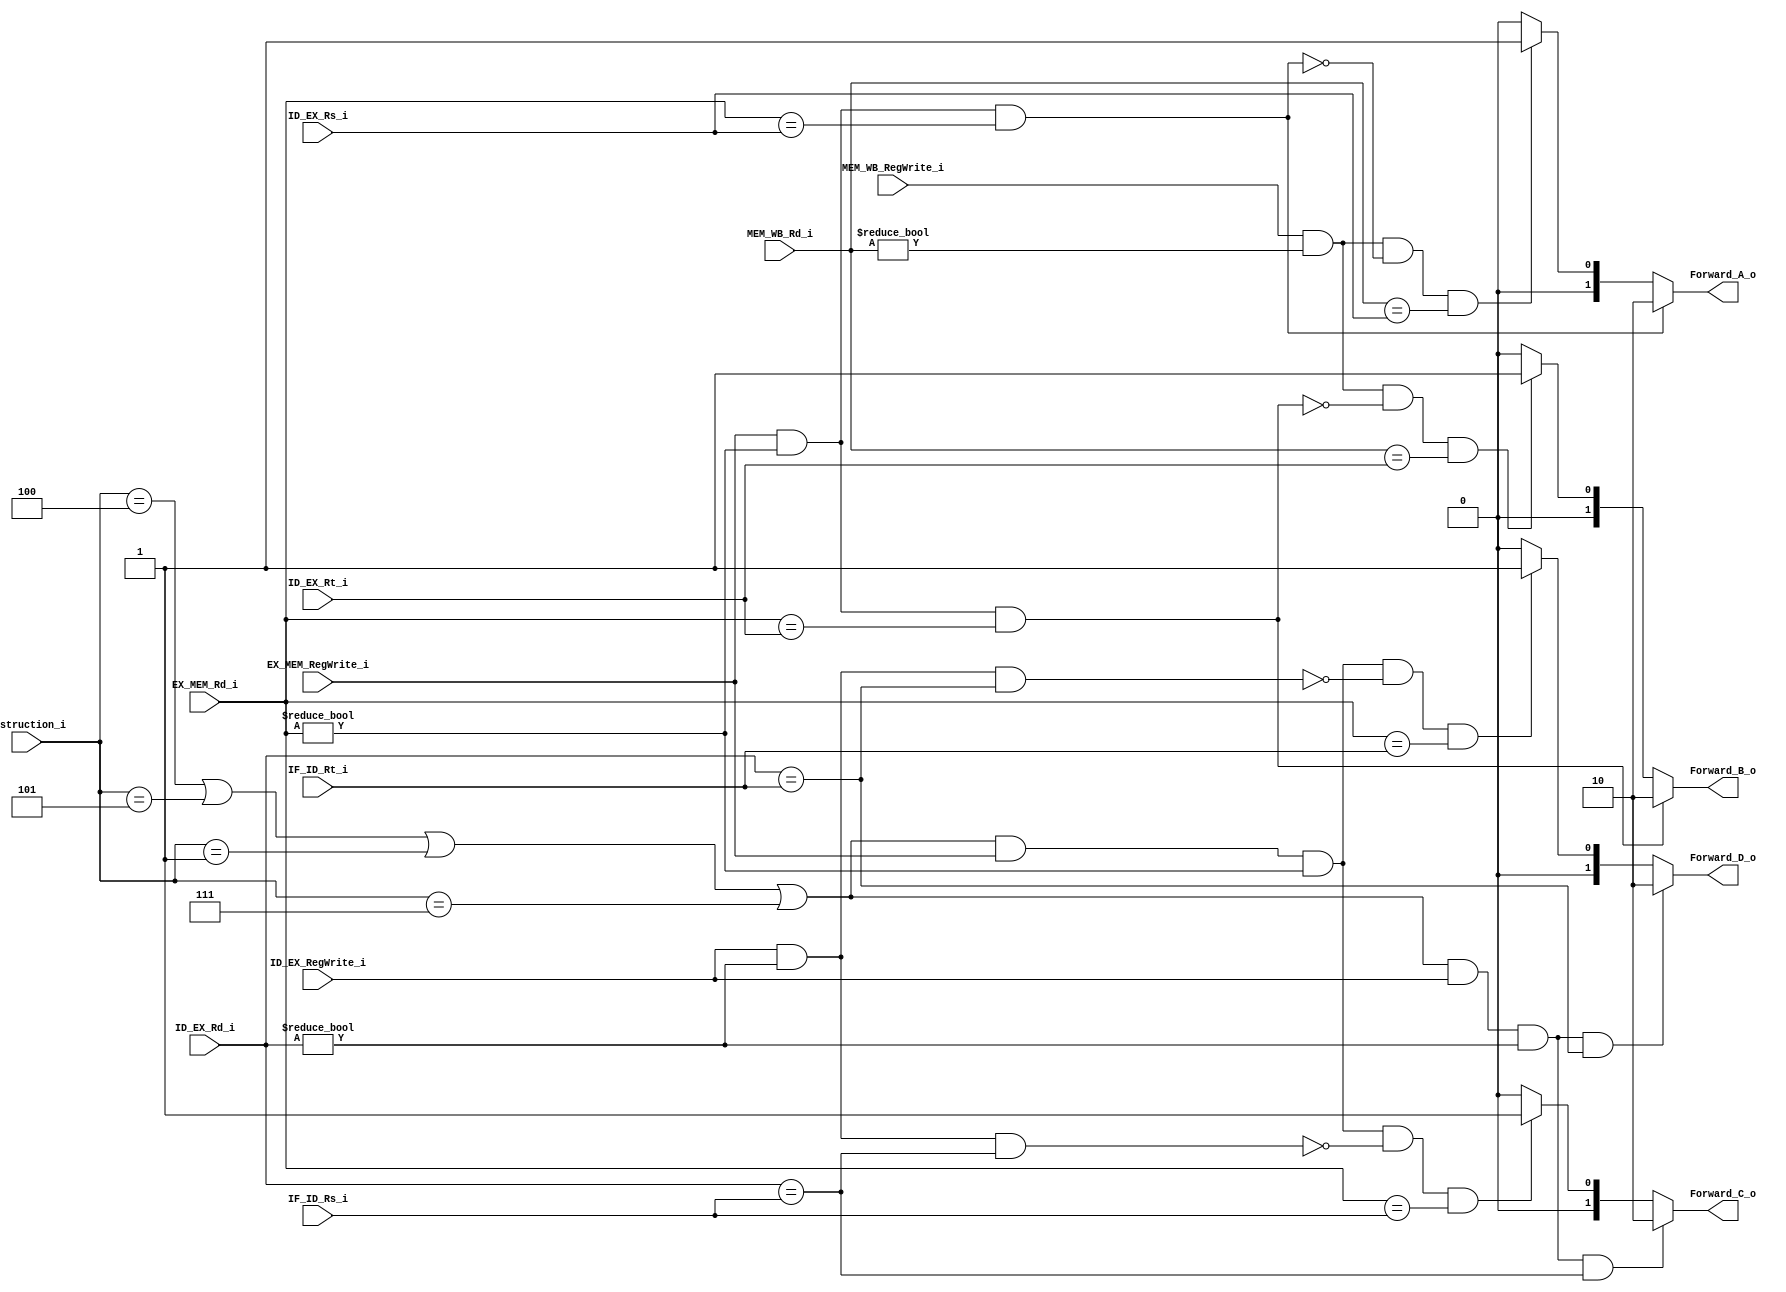
//0713216

//Subject:     CO project 2 - Forwarding_unit
//--------------------------------------------------------------------------------
//Version:     1
//--------------------------------------------------------------------------------
//Writer:      Luke
//----------------------------------------------
//----------------------------------------------
//Description: 
//--------------------------------------------------------------------------------
     
module Forwarding_unit(
    instruction_i,
    IF_ID_Rs_i,
    IF_ID_Rt_i,
    ID_EX_RegWrite_i,
    ID_EX_Rs_i,
    ID_EX_Rt_i,
    ID_EX_Rd_i,
    EX_MEM_RegWrite_i,
    EX_MEM_Rd_i,    
	MEM_WB_RegWrite_i,
    MEM_WB_Rd_i,
	Forward_A_o,
    Forward_B_o,
    Forward_C_o,
    Forward_D_o
	);
     
//I/O ports
input  [6-1:0]  instruction_i;
input  [5-1:0]  IF_ID_Rs_i;
input  [5-1:0]  IF_ID_Rt_i;
input  [1-1:0]  ID_EX_RegWrite_i;
input  [5-1:0]  ID_EX_Rs_i;
input  [5-1:0]  ID_EX_Rt_i;
input  [5-1:0]  ID_EX_Rd_i;
input  [1-1:0]  EX_MEM_RegWrite_i;
input  [5-1:0]  EX_MEM_Rd_i;
input  [1-1:0]  MEM_WB_RegWrite_i;
input  [5-1:0]  MEM_WB_Rd_i;

output [2-1:0]  Forward_A_o;
output [2-1:0]  Forward_B_o;
output [2-1:0]  Forward_C_o;
output [2-1:0]  Forward_D_o;


//Internal Signals
wire [2-1:0]  Forward_A_o;
wire [2-1:0]  Forward_B_o;
wire [2-1:0]  Forward_C_o;
wire [2-1:0]  Forward_D_o;

//Parameter
//beq <= 000 100
//bne <= 000 101
//bge <= 000 001
//bgt <= 000 111
    
//Main function
//EX hazard
//MEM hazard
assign Forward_A_o = ((EX_MEM_RegWrite_i == 1'b1) && (EX_MEM_Rd_i != 5'd0) && (EX_MEM_Rd_i == ID_EX_Rs_i)) ? 2'b10 :                                       //data come form MEM                      
                     ((MEM_WB_RegWrite_i == 1'b1) && (MEM_WB_Rd_i != 5'd0)                                                                                 //data come from WB
                     && ~((EX_MEM_RegWrite_i == 1'b1) && (EX_MEM_Rd_i != 1'b0) && (EX_MEM_Rd_i == ID_EX_Rs_i))
                     && (MEM_WB_Rd_i == ID_EX_Rs_i)) ? 2'b01 : 2'b00;

assign Forward_B_o = ((EX_MEM_RegWrite_i == 1'b1) && (EX_MEM_Rd_i != 5'd0) && (EX_MEM_Rd_i == ID_EX_Rt_i)) ? 2'b10 :                                       //data come from MEM 
                     ((MEM_WB_RegWrite_i == 1'b1) && (MEM_WB_Rd_i != 5'd0) 
                     && ~((EX_MEM_RegWrite_i == 1'b1) && (EX_MEM_Rd_i != 1'b0) && (EX_MEM_Rd_i == ID_EX_Rt_i))                                            //data come from WB
                     && (MEM_WB_Rd_i == ID_EX_Rt_i)) ? 2'b01 : 2'b00;

/*                     
assign Forward_C_o = ((ID_EX_RegWrite_i == 1'b1) && (ID_EX_Rd_i != 5'd0) && (ID_EX_Rd_i == IF_ID_Rs_i)) ? 2'b10 :                                       //data come form MEM                      
                     ((EX_MEM_RegWrite_i == 1'b1) && (EX_MEM_Rd_i != 5'd0)                                                                                 //data come from WB
                     && ~((ID_EX_RegWrite_i == 1'b1) && (ID_EX_Rd_i != 1'b0) && (ID_EX_Rd_i == IF_ID_Rs_i))
                     && (EX_MEM_Rd_i == IF_ID_Rs_i)) ? 2'b01 : 2'b00;
                     
assign Forward_D_o = ((ID_EX_RegWrite_i == 1'b1) && (ID_EX_Rd_i != 5'd0) && (ID_EX_Rd_i == IF_ID_Rt_i)) ? 2'b10 :                                       //data come form MEM                      
                     ((EX_MEM_RegWrite_i == 1'b1) && (EX_MEM_Rd_i != 5'd0)                                                                                 //data come from WB
                     && ~((ID_EX_RegWrite_i == 1'b1) && (ID_EX_Rd_i != 1'b0) && (ID_EX_Rd_i == IF_ID_Rt_i))
                     && (EX_MEM_Rd_i == IF_ID_Rt_i)) ? 2'b01 : 2'b00;
*/                     
/*                     
assign Forward_C_o = ((ID_EX_RegWrite_i == 1'b1) && (ID_EX_Rd_i != 5'd0) && (ID_EX_Rd_i == ID_EX_Rs_i)) ? 2'b10 :                                       //data come form MEM                      
                     ((EX_MEM_RegWrite_i == 1'b1) && (EX_MEM_Rd_i != 5'd0)                                                                                 
                     && ~((ID_EX_RegWrite_i == 1'b1) && (ID_EX_Rd_i != 1'b0) && (ID_EX_Rd_i == IF_ID_Rs_i))
                     && (EX_MEM_Rd_i == IF_ID_Rs_i)) ? 2'b01 : 2'b00;
                     
assign Forward_D_o = ((ID_EX_RegWrite_i == 1'b1) && (ID_EX_Rd_i != 5'd0) && (ID_EX_Rd_i == ID_EX_Rt_i)) ? 2'b10 :                                       //data come form MEM                      
                     ((EX_MEM_RegWrite_i == 1'b1) && (EX_MEM_Rd_i != 5'd0)                                                                                 
                     && ~((ID_EX_RegWrite_i == 1'b1) && (ID_EX_Rd_i != 1'b0) && (ID_EX_Rd_i == IF_ID_Rt_i))
                     && (EX_MEM_Rd_i == IF_ID_Rt_i)) ? 2'b01 : 2'b00;
*/
                     
assign Forward_C_o = (((instruction_i == 6'b000100) || (instruction_i == 6'b000101) || (instruction_i == 6'b000001) || (instruction_i == 6'b000111))         //data come from EX z>> bramch
                                     && (ID_EX_RegWrite_i == 1'b1) && (ID_EX_Rd_i != 5'd0) && (ID_EX_Rd_i == IF_ID_Rs_i)) ? 2'b10 :  
                                     (((instruction_i == 6'b000100) || (instruction_i == 6'b000101) || (instruction_i == 6'b000001) || (instruction_i == 6'b000111))        //data come from MEM >> branch
                                     && (EX_MEM_RegWrite_i == 1'b1) && (EX_MEM_Rd_i != 5'd0)                                                                                 
                                     && ~((ID_EX_RegWrite_i == 1'b1) && (ID_EX_Rd_i != 1'b0) && (ID_EX_Rd_i == IF_ID_Rs_i))
                                     && (EX_MEM_Rd_i == IF_ID_Rs_i)) ? 2'b01 : 2'b00;
                     
assign Forward_D_o = (((instruction_i == 6'b000100) || (instruction_i == 6'b000101) || (instruction_i == 6'b000001) || (instruction_i == 6'b000111))         //data come from EX >> branch
                                     && (ID_EX_RegWrite_i == 1'b1) && (ID_EX_Rd_i != 5'd0) && (ID_EX_Rd_i == IF_ID_Rt_i)) ? 2'b10 :
                                     (((instruction_i == 6'b000100) || (instruction_i == 6'b000101) || (instruction_i == 6'b000001) || (instruction_i == 6'b000111))         //data come from MEM >> branch
                                     && (EX_MEM_RegWrite_i == 1'b1) && (EX_MEM_Rd_i != 5'd0)                                                                                 
                                     && ~((ID_EX_RegWrite_i == 1'b1) && (ID_EX_Rd_i != 1'b0) && (ID_EX_Rd_i == IF_ID_Rt_i))
                                     && (EX_MEM_Rd_i == IF_ID_Rt_i)) ? 2'b01 : 2'b00;

endmodule